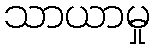
သာယာမှု